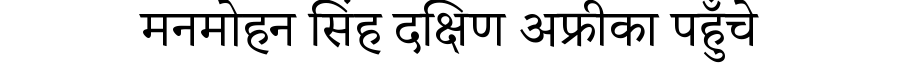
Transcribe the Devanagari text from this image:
मनमोहन सिंह दक्षिण अफ्रीका पहुँचे